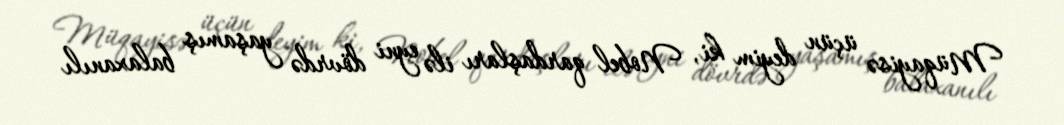
Müqayisə üçün deyim ki, Nobel qardaşları ilə eyni dövrdə yaşamış balaxanılı